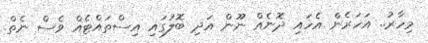
މިހާރު.. އަހަރެން އެހައި ދޮނެއް ނޫން އަދި ބޮލުގައި އިސްތައްޓެއް ވެސް ނެތް.